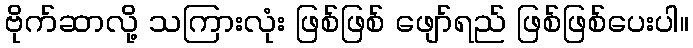
ဗိုက်ဆာလို့ သကြားလုံး ဖြစ်ဖြစ် ဖျော်ရည် ဖြစ်ဖြစ်ပေးပါ။